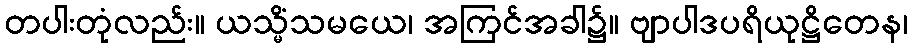
တပါးတုံလည်း။ ယသ္မိံသမယေ၊ အကြင်အခါ၌။ ဗျာပါဒပရိယုဋ္ဌိတေန၊